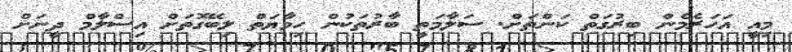
މިއީ އަހަރެމެން ބިރުގަތް ކަންތަށް. ސަލާމަތީ ބާރުތަކުން ހިމާޔަތް ލިބޭގޮތަށް އިސްލާމް ދީނަށް